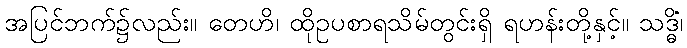
အပြင်ဘက်၌လည်း။ တေဟိ၊ ထိုဥပစာရသိမ်တွင်းရှိ ရဟန်းတို့နှင့်။ သဒ္ဓိံ၊